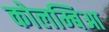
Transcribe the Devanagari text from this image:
कोलम्बिआ